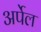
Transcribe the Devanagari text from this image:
अर्पेल